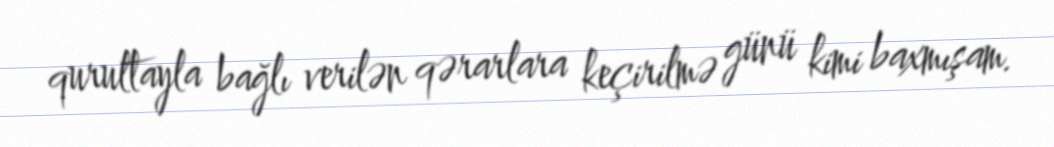
qurultayla bağlı verilən qərarlara keçirilmə günü kimi baxmışam.